Vital statistics of India. Vol. VI, European troops 1870-79
Year: 1870
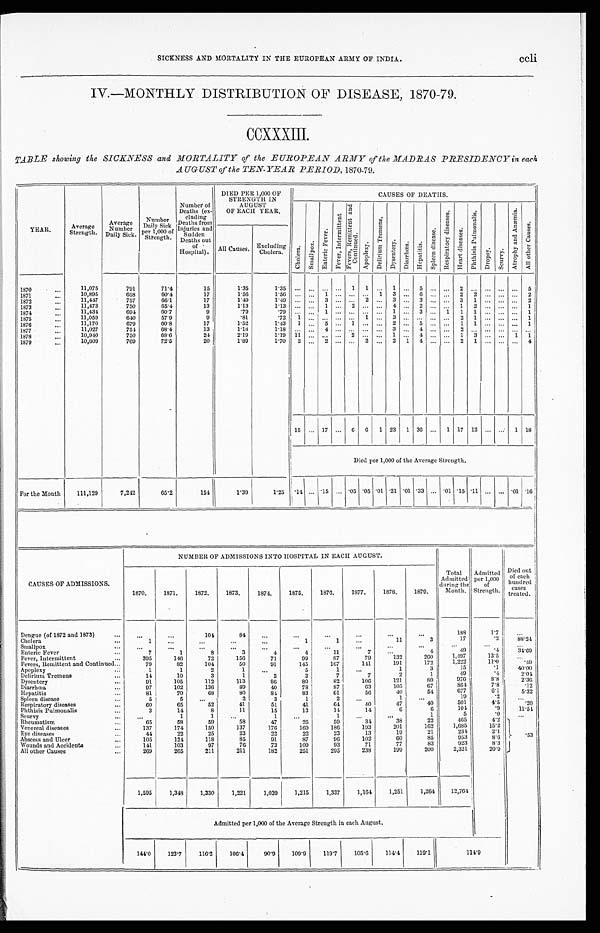
ccli
SICKNESS AND MORTALITY IN THE EUROPEAN ARMY OF INDIA.
IV.—MONTHLY DISTRIBUTION OF DISEASE, 1870-79.
CCXXXIII.
TABLE showing the SICKNESS and MORTALITY of the EUROPEAN ARMY of the MADRAS PRESIDENCY in each
AUGUST of the TEN-YEAR PERIOD, 1870-79.
YEAR.
Average
Strength.
Average
Number
Daily Sick.
Number
Daily Sick p e r 1 , 0 0 0 o f
Strength.
Number of
Deaths (ex-
cluding
Deaths from
Injuries and
Sudden
Deaths out
of -
Hospital).
DIED PER 1,000 OF
STRENGTH IN
A U G U S T
OF EACH YEAR.
CAUSES OF DEATHS.
C h o l e r a .
S m a l l p o x .
E n t e r i c F e v e r .
F e v e r , I n t e r m i t t e n t .
Fever , Remi t t ent and
Continued.
A p o p l e x y .
De l i r i um Tr e me ns .
D y s e n t e r y .
D i a r r h œ a .
H e p a t i t i s .
S p l e e n d i s e a s e .
R e s p i r a t o r y d i s e a s e s .
H e a r t d i s e a s e .
P h t h i s i s P u l m o n a l i s .
D r o p s y .
S c u r v y .
A t r o p h y a n d A n æ m i a .
A l l o t h e r C a u s e s .
All Causes,
Excluding
'
Cholera.
1870
. . .
11,075
791
71.4
15
1..35
1 . 3 5
. . .
. . .
. . .1
1 ...
1
. . .
5
. . .
. . .
2
. . .
. . .
. . ....
5
1871
. . .
10,895
658
60.4
17
1.56
1.56
. . . . . .
. . . . . . 1
. . .
. . . .
. . .
1
3
. . . 6
. . . ....
2
2
... ...
...
2
1872
. . .
11,447
757
66.1
17
1.49
1 . 4 9
. . .
. . .
3
. . .
. . .
2 ...
3
. . .
3
. . .
. . .
3
1
. . .
. . ....
2
1 8 7 3
. . .
11,473
750
65.4
13
1.13
1 . 1 3
. . .
. . .
1
. . .
2
. . ....
4
. . .
2
. . .
. . .
1
2
. . .
. . ....
1
1874
. . .
11,434
694
60.7
9
.79
. 7 9
. . .
. . .
1
. . .
. . .
. . ....
1
. . .
3
. . .
. . .
1
1
. . .
. . . ...
1
1875
...
11,059
640
57.9
9
.81
. 7 2
1
. . .
. . .
. . .
. . .
1 ...
3
. . .
. . .
. . .
. . .
2
1
. . .
. . ....
1
1876
. . .
11,170
679
60.8
17
1.52
1 . 4 3
1
. . .
5
. . .
1
. . ....
2
. . .
5
. . .
. . .
1
1
. . .
. . ....
1
1877
. . .
11,027
754
68.4
13
1.18
1.18
. . .
. . . . . . .
4
. . .
. . . .
. . . ....
3
. . .
4
. . .
. . .
2
. . . . . .
. . . . .
. . ....
...
1878
. . .
10,940
750
68.6
24
2.19
1.19
11
. . .
. . .
. . .
2
. . . ...
1 ...
4 ...
. . .
1
3
...
. . .
1
1
1879
. . .
10,609
769
72.5
20
1.89
1 . 7 0
2
. . .
2
. . .
. . .
2 ...
2
1
4
. . .
. . .
2
1
. . .
. . ....
4
15
. . . 17
...
6
6
1
23
1
36
...
1
17
12
. . .
. . . 1
18
Died per 1,000 of the Average Strength.
For the Mouth
111,129
7,242
65.2
154
1.39
1.25 . 14 ... .15
... .05 .05 .01 .21 .01 .33
... .01 .15 .11
...
... .'01
.16
CAUSES OF ADMISSIONS.
NUMBER OF ADMISSIONS INTO HOSPITAL IN EACH AUGUST.
1870.
1871.
1872.
1873.
1874.
1875.
1876.
1877.
1878.
1879.
Total
Admitted
during the
Month.
Admitted
per 1,000
of
Strength.
Died (lilt
of each
hundred
cases
treated.
Dengue (of 1872 and 1873)
...
101
84
. . .
. . .
...
...
. . .
188
1'7
. . .
Cholera
...
• . . .
...
. . .
...
...
1
1
...
11
3
17
.2
88'24
Small pox
...
1
. . .
...
...
...
. . .
...
. . .
. . .
. . .
. . .
. . .
. . .
Enteric Fever
...
7
1
8
3
4
4
11
7
. . .
4
49
. 4
3 4 . 6 9
Fever, Intermittent
...
395
146
72
156
71
99
87
79
1 3 2
2 6 0
1 , 4 9 7
1 3 . 5
. . .
Fevers, Remittent and Continued...
79
82
104
50
91
145
167
141
1 9 1
1 7 2
1 , 2 2 2
1 1 . 0
. 4 9
Apoplexy
...
1
1
2
1
. . .
5
1
. . .
1
3
15
. 1
4 0 . 0 0
Delirium Tremens
. . .
14
10
3
1
2
2
7
7
2
1
49
. 4
2 . 0 4
Dysentery
. . .
91
105
112
113
86
80
82
106
121
80
9 7 6
. 8 . 8
2 . 3 6
Diarrhœa
. . .
97
102
136
89
40
78
87
63
105
67
8 6 4
7 . 8 .12
Hepatitis
81
70
68
80
84
83
61
56
40
54
6 7 7
6 . 1
5 . 3 2
Spleen disease
...
5
5
...
2
3
1
2
...
1
...
19
. 2
. . .
Respiratory diseases
...
60
65
52
41
51
41
64
40
47
40
5 0 1
4 . 5
. 2 0
Phthisis Pulmonalis
...
3
14
8
11
15
13
14
14
6
6
1 0 4 . 9
1 1 . 5 1
Scurvy
...
...
1
1
...
1
. . .
1
. . .
...
1
5
. 0 ...
Rheumatism
...
65
58
59
58
47
25
59
34
38
22
4 6 5
4 . 2
Venereal diseases•..
137
174
150
137
176
169
186
193
201
1 6 2
1 , 6 8 5
1 5 . 2
Eye diseases
...
44
22
25
23
22
22
23
13
19
21
2 3 4
2 . 1
.53
Abscess and Ulcer
...
105
124
118
85
91
87
96
102
60
85
953
8 . 6
Wounds and Accidents
141
103
97
76
73
109
93
71
77
83
9 2 3
8 . 3
All other Causes
...
269
265
211
211
182
251
295
238
1 9 9
2 0 0
2 , 3 2 1
2 0 . 9
1,595
1,348
1,330
1,22 1
1,039 1,215
1,337
1,164
1,251
1,264
12,764
Admitted per 1,000 of the Average Strength in each August.
144.0
123.7
116.2
106.4
90.9
109.9
119.7
105.6
114.4
119.1
1 1 4.9